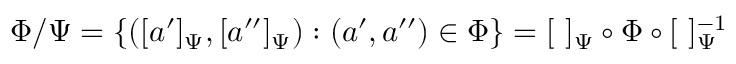
\Phi / \Psi = \{ ( [ a ^ { \prime } ] _ { \Psi } , [ a ^ { \prime \prime } ] _ { \Psi } ) : ( a ^ { \prime } , a ^ { \prime \prime } ) \in \Phi \} = [ \ ] _ { \Psi } \circ \Phi \circ [ \ ] _ { \Psi } ^ { - 1 }